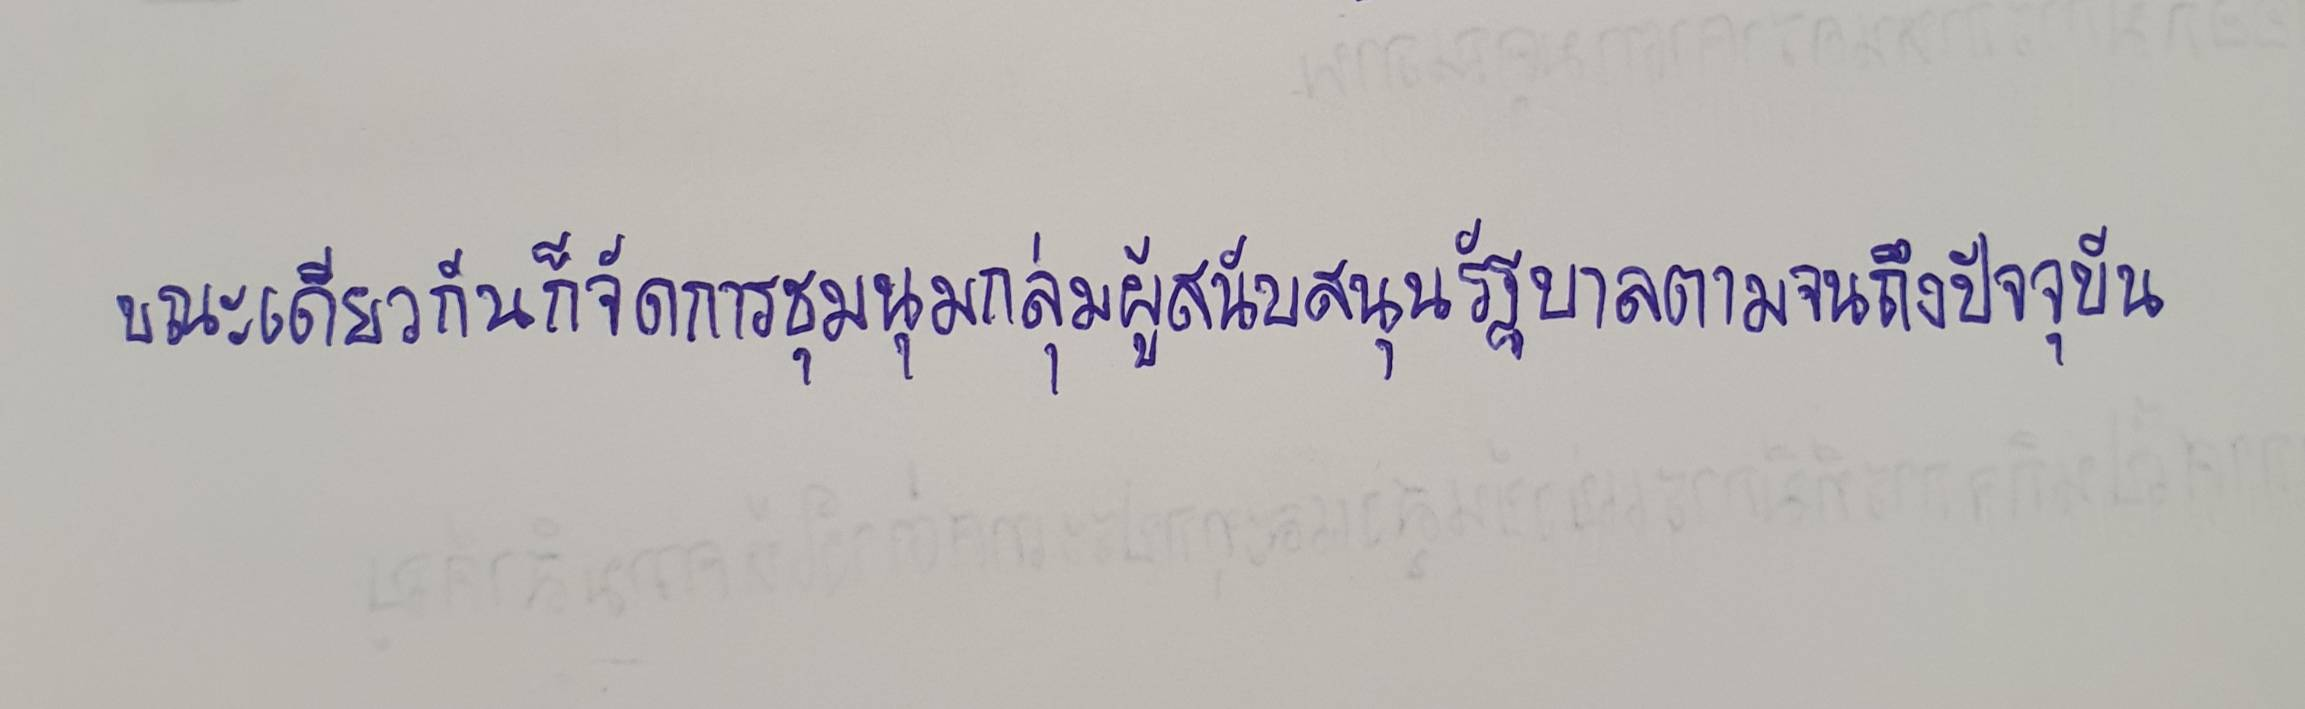
ขณะเดียวกันก็จัดการชุมนุมกลุ่มผู้สนับสนุนรัฐบาลตามจนถึงปัจจุบัน